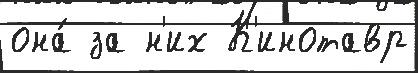
она́ за н'их К'инотавр